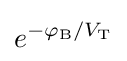
e^{-\varphi _{\text{B}}/V_{\text{T}}}